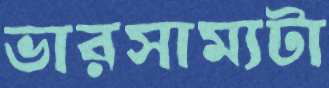
ভারসাম্যটা